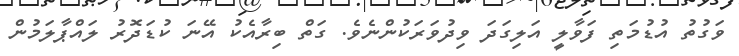
ވަގުތު އުޑުމަތި ފަވާލީ އަލިގަދަ ވިދުވަރަކުންނެވެ. ގަތް ބިރާއެކު އޭނަ ކުޑަދޮރު ލައްޕާލަމުން